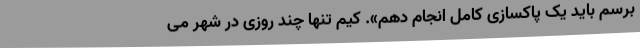
برسم باید یک پاکسازی کامل انجام دهم». کیم تنها چند روزی در شهر می